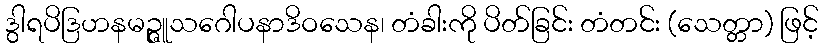
ဒွါရပိဒြဟနမဉ္ဇူသဂေါပနာဒိဝသေန၊ တံခါးကို ပိတ်ခြင်း တံတင်း (သေတ္တာ) ဖြင့်